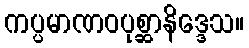
ကပ္ပမာဏဝပုစ္ဆာနိဒ္ဒေသ။